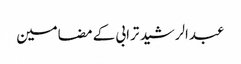
عبدالرشید ترابی کے مضامین